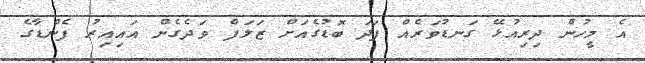
އެ މީހުން ދިރިއުޅޭ ގަނޑުވަރެއް ފަދަ ބޮޑުގެއަށް ޒަލަފް ވަދެގެން އައިއިރު ފެންޑާގެ